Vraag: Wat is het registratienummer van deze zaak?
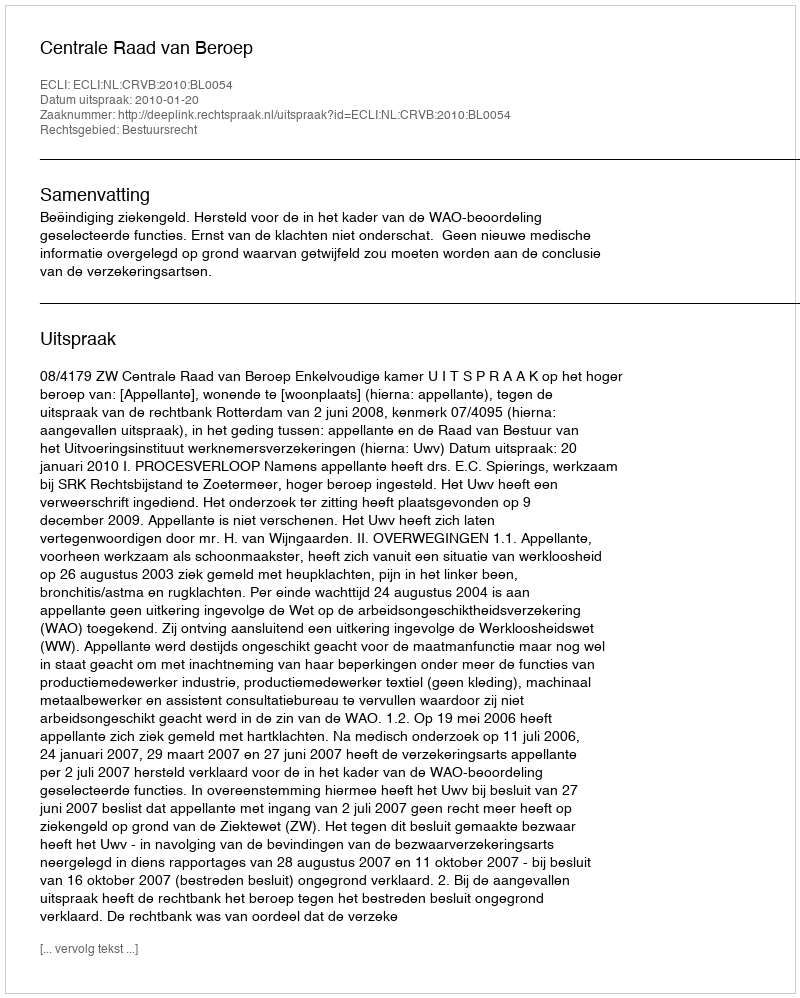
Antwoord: http://deeplink.rechtspraak.nl/uitspraak?id=ECLI:NL:CRVB:2010:BL0054